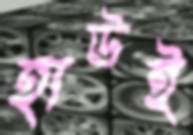
হাউই